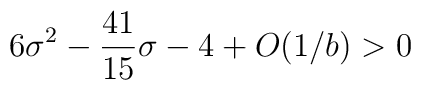
6\sigma^2 -{41\over 15} \sigma -4 + O(1/{{b}}) > 0